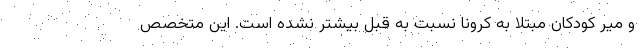
و میر کودکان مبتلا به کرونا نسبت به قبل بیشتر نشده است. این متخصص